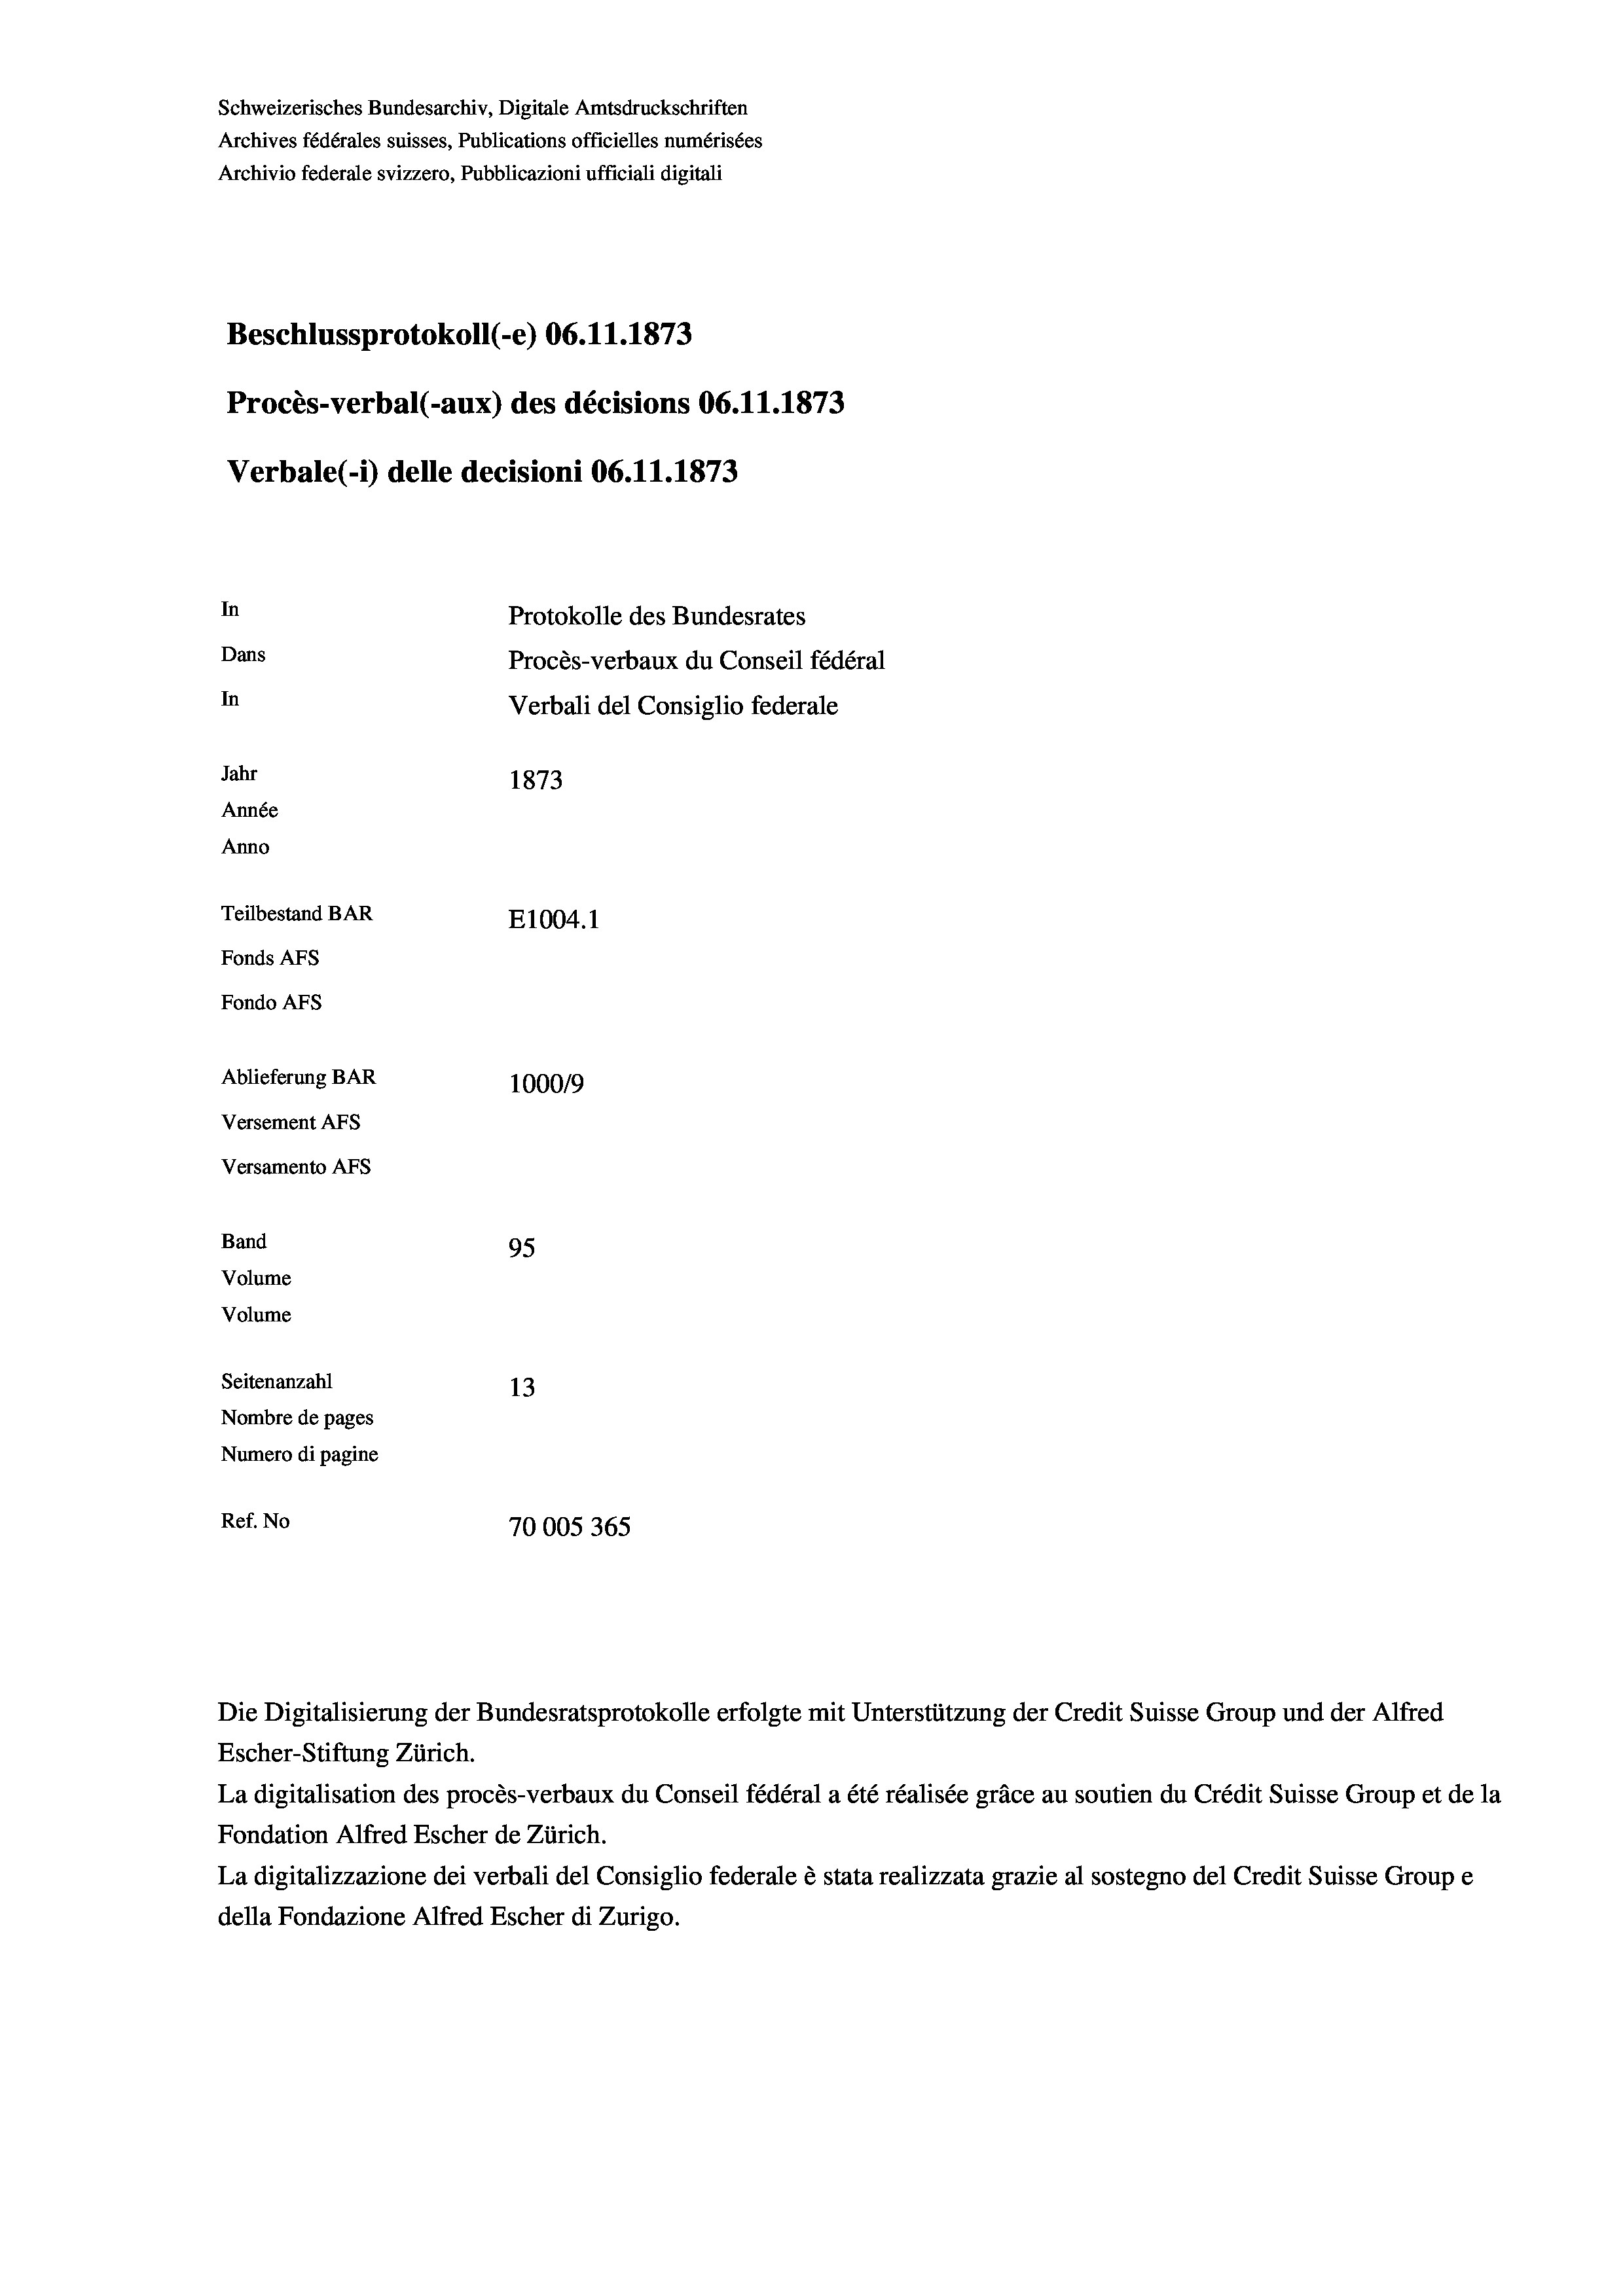
Schweizerisches Bundesarchiv, Digitale Amtsdruckschriften
Archives fédérales suisses, Publications officielles numérisées
Archivio federale svizzero, Pubblicazioni ufficiali digitali
Beschlussprotokoll (-e) 06. 11. 1873
Procès-verbal (-aux) des décisions 06.11.1873
Verbale (- 1) delle decisioni 06.11.1873
In
Protokolle des Bundesrates
Dans
Procès-verbaux du Conseil fédéral
In
Verbali del Consiglio federale
Jahr
1873
Année
Anno
Teilbestand BAR
E1004. 1
Fonds AFs
Fondo AFs
Ablieferung BAR
100019
Versement Abs
Versamento Afs
Band
95
Volume
Volume

Seitenanzahl
13
Nombre de pages
Numero di pagine
Ref. No
70005 365

Escher-Stiftung Zürich.
La digitalisation des procès-verbaux du Conseil fédéral a été réalisée gräce au soutien du Crédit Suisse Group et de la
Fondation Alfred Escher de Zürich.
La digitalizzazione dei verbali del Consiglio federale è stata realizzata grazie al sostegno del Credit Suisse Groupe
della Fondazione Alfred Escher di Zurigo.

Die Digitalisierung der Bundesratsprotokolle erfolgte mit Unterstützung der Credit Suisse Group und der Alfred